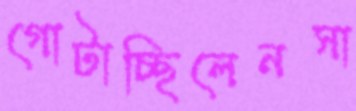
গোটাচ্ছিলেনসা